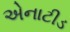
એનાટીડ